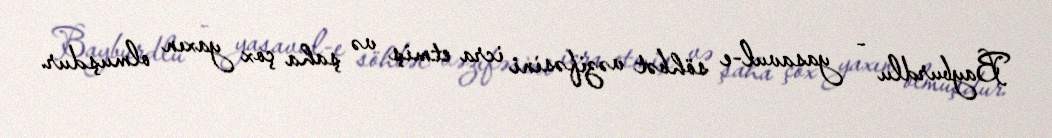
Bayburdlu - yasavul-e söhbət vəzifəsini icra etmiş və şaha çox yaxın olmuşdur.